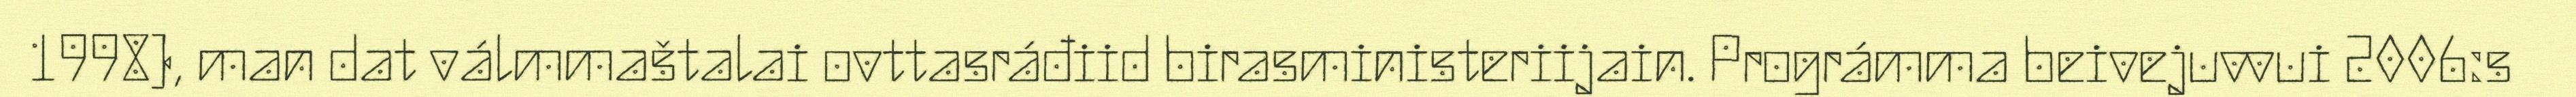
1998), man dat válmmaštalai ovttasráđiid birasministeriijain. Prográmma beivejuvvui 2006:s